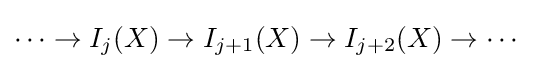
\cdots \to I_{j}(X)\to I_{j+1}(X)\to I_{j+2}(X)\to \cdots